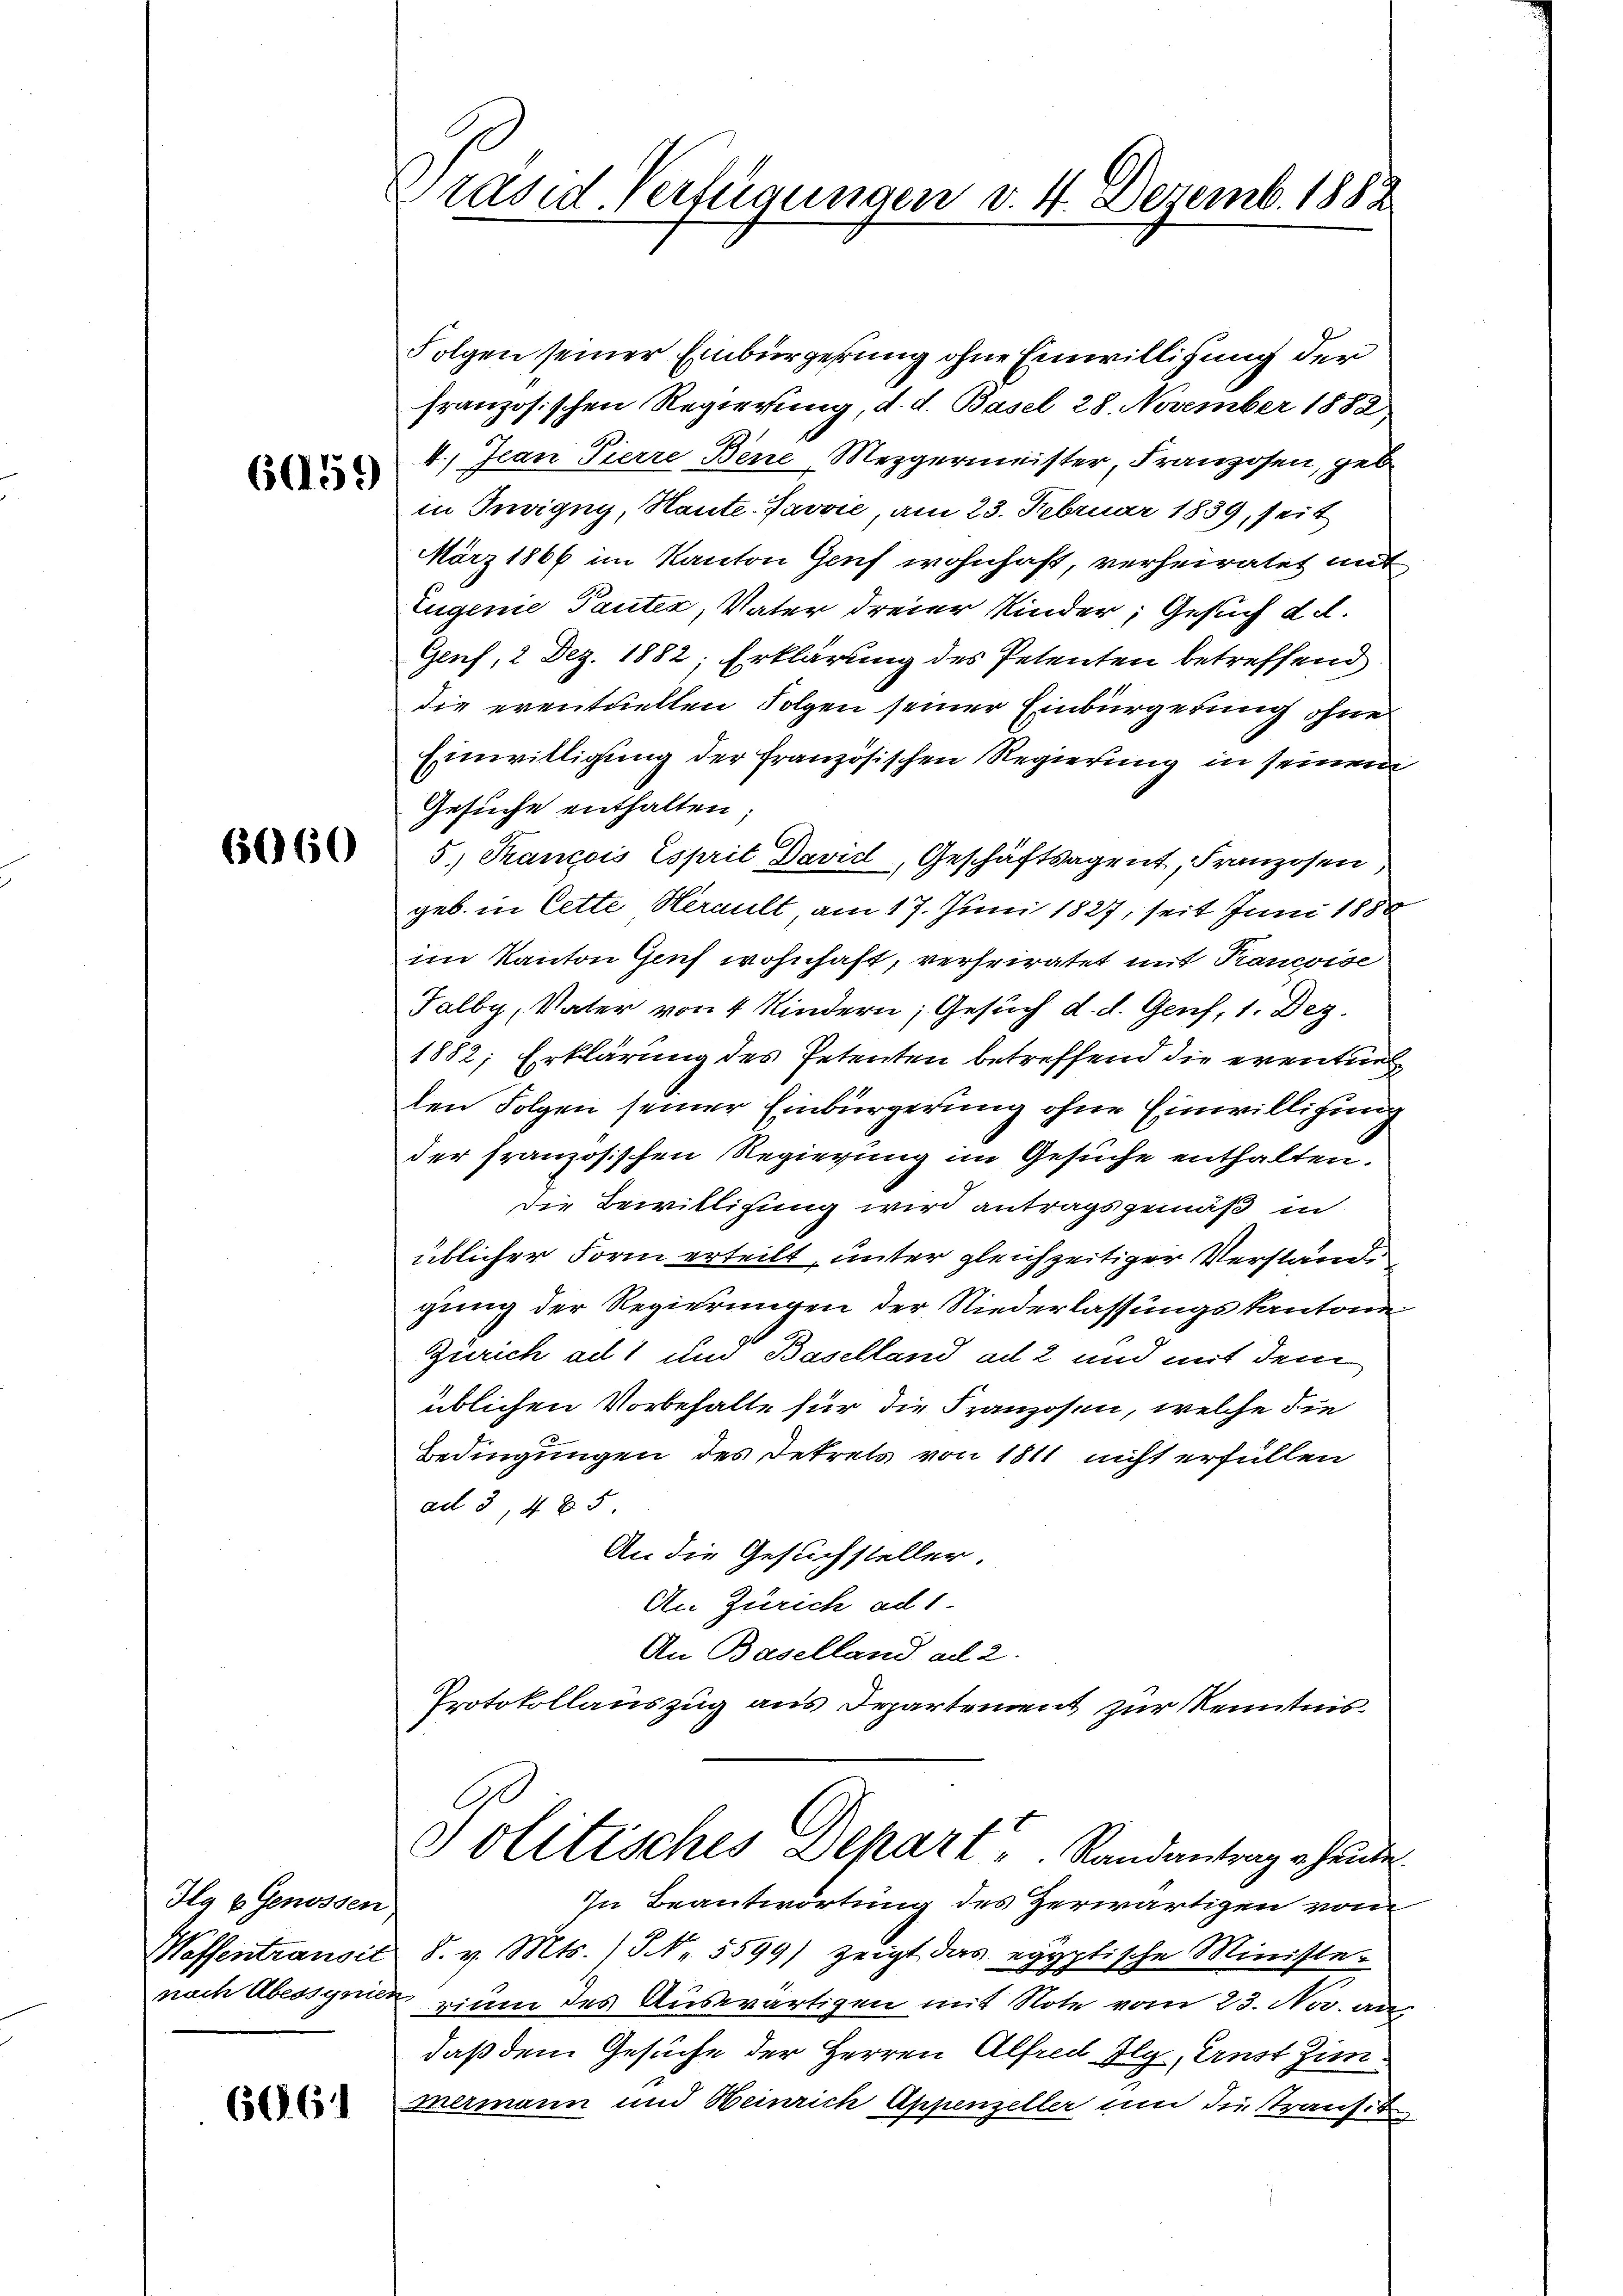
6(159)

6060

Ha & Genossen
Waffentransit
nach Abessynie.

661

Präsid. Verfügungen v. 4. Dezemb. 1882

Folgen seiner Einbürgerung ohne Einwilligung der
französischen Regierung, d. d. Basel 28. November 1882
4.) Jean Pierre Bene, Mezgermeister, Franzosen, geb
in Invigny, Haute-Javvić, am 23. Februar 1839, seit
März 1866 im Kanton Genf wohnhaft, verheiratet mit
Eugenie Tantes, Vater dreier Kinder, Gesuch d. d.
Genf, 2 Dez. 1882; Erklärung des Petenten betreffend
die eventuellen Folgen seiner Einbürgerung ohne
Einwilligung der französischen Regierung in seinem
Gesuche enthalten;
5.) Trancois Esprit David, Geschäftsagent, Franzosen
geb. in Cette Herault am 17. Juni 1827, seit Juni 1888
im Kanton Genf wohnhaft, verheiratet mit Trancoise
Talby, Vater von 4 Kindern, Gesuch d. d. Genf, 1. Dez.
1882; Erklärung des Petenten betreffend die eventur
len Folgen seiner Einbürgerung ohne Einwilligung
der französischen Regierung im Gesuche enthalten.
die Bewilligung wird antragsgemäß in
üblicher Form erteilt, unter gleichzeitiger Verstände
gung der Regierungen der Niederlassungskantone
Zürich ad 1 und Baselland ad 2 und mit dem
üblichen Vorbehalte für die Franzosen, welche die
Bedingungen des Dekrets von 1811 nicht erfüllen
ad 3, 485
An die Gesuchsteller.
An Zürich ad 1.
An Baselland ad 2.
Protokollauszug aus Departement zur Kenntnis¬

olitisches Depart u. Randantrag u. heute.

In Beantwortung des Zerwärtigen vom
8. v. Mts. ) Nr. 5599) zeigt das egyptische Ministe-
rium des Auswärtigen mit Note vom 23. No. au
daß dem Gesuche der Herren Alfred Ilg., Aust Zim¬
Mermann und Heinrich Appenzeller um die Stransit